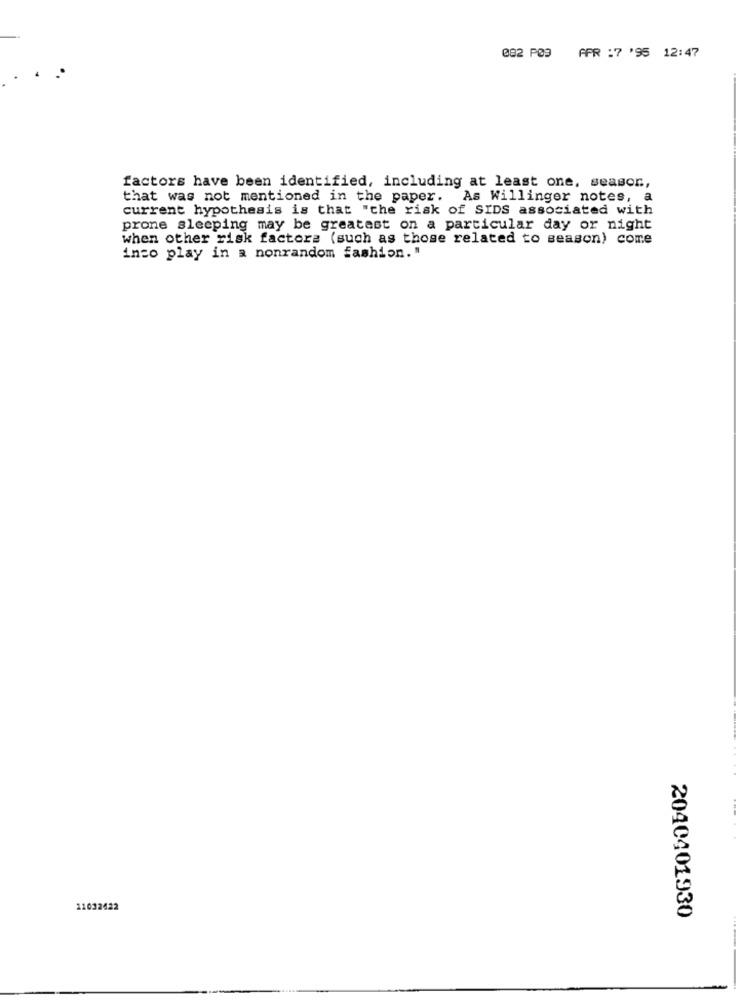
082 P09 APR :7 '95 12:47
factors have been identified, including at least one, season,
that was not mentioned in the paper. As Willinger notes, a
current hypothesis is that "the risk of SIDS associated with
prone sleeping may be greatest on a particular day or night
when other risk factors (such as those related to season) come
inco play in a nonrandom fashion. "
11032422
2040401930